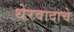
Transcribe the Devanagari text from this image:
थेरवादाचे